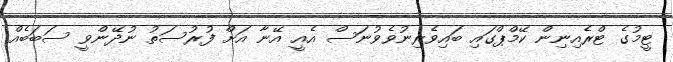
ޓީމުގެ ޓްރެއިނިން ކޭމްޕްގައި ބައިވެރިނުވެވުނަސް އެއީ އޭނާ އަށް ފުރުސަތު ނުދޭންވީ ސަބަބެއް